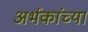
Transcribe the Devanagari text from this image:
अर्भकांच्या